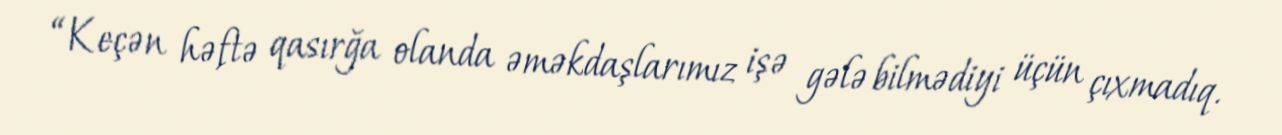
“Keçən həftə qasırğa olanda əməkdaşlarımız işə gələ bilmədiyi üçün çıxmadıq.